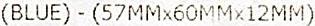
(BLUE) - (57MMX60MMX12MM)